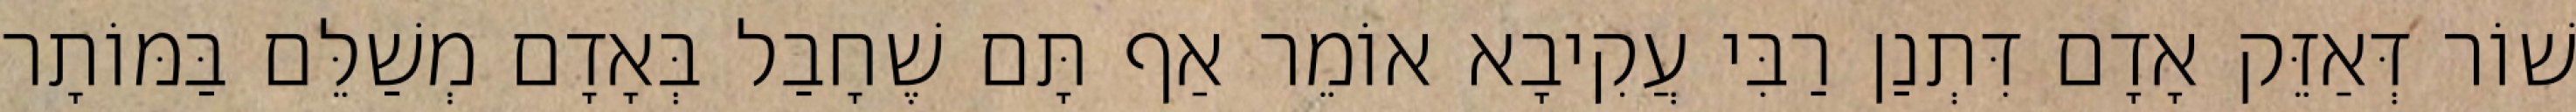
שׁוֹר דְּאַזֵּק אָדָם דִּתְנַן רַבִּי עֲקִיבָא אוֹמֵר אַף תָּם שֶׁחָבַל בְּאָדָם מְשַׁלֵּם בַּמּוֹתָר